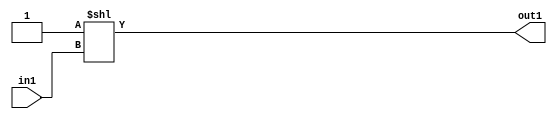
`timescale 1ps / 1ps
/*****************************************************************************
    Verilog RTL Description
    
    
    Created by: Stratus DpOpt 2019.1.01 
*******************************************************************************/

module DC_Filter_DECODE_4096U_17_4 (
	in1,
	out1
	); /* architecture "behavioural" */ 
input [11:0] in1;
output [4095:0] out1;
wire [4095:0] asc001;

assign asc001 = 4096'B0000000000000000000000000000000000000000000000000000000000000000000000000000000000000000000000000000000000000000000000000000000000000000000000000000000000000000000000000000000000000000000000000000000000000000000000000000000000000000000000000000000000000000000000000000000000000000000000000000000000000000000000000000000000000000000000000000000000000000000000000000000000000000000000000000000000000000000000000000000000000000000000000000000000000000000000000000000000000000000000000000000000000000000000000000000000000000000000000000000000000000000000000000000000000000000000000000000000000000000000000000000000000000000000000000000000000000000000000000000000000000000000000000000000000000000000000000000000000000000000000000000000000000000000000000000000000000000000000000000000000000000000000000000000000000000000000000000000000000000000000000000000000000000000000000000000000000000000000000000000000000000000000000000000000000000000000000000000000000000000000000000000000000000000000000000000000000000000000000000000000000000000000000000000000000000000000000000000000000000000000000000000000000000000000000000000000000000000000000000000000000000000000000000000000000000000000000000000000000000000000000000000000000000000000000000000000000000000000000000000000000000000000000000000000000000000000000000000000000000000000000000000000000000000000000000000000000000000000000000000000000000000000000000000000000000000000000000000000000000000000000000000000000000000000000000000000000000000000000000000000000000000000000000000000000000000000000000000000000000000000000000000000000000000000000000000000000000000000000000000000000000000000000000000000000000000000000000000000000000000000000000000000000000000000000000000000000000000000000000000000000000000000000000000000000000000000000000000000000000000000000000000000000000000000000000000000000000000000000000000000000000000000000000000000000000000000000000000000000000000000000000000000000000000000000000000000000000000000000000000000000000000000000000000000000000000000000000000000000000000000000000000000000000000000000000000000000000000000000000000000000000000000000000000000000000000000000000000000000000000000000000000000000000000000000000000000000000000000000000000000000000000000000000000000000000000000000000000000000000000000000000000000000000000000000000000000000000000000000000000000000000000000000000000000000000000000000000000000000000000000000000000000000000000000000000000000000000000000000000000000000000000000000000000000000000000000000000000000000000000000000000000000000000000000000000000000000000000000000000000000000000000000000000000000000000000000000000000000000000000000000000000000000000000000000000000000000000000000000000000000000000000000000000000000000000000000000000000000000000000000000000000000000000000000000000000000000000000000000000000000000000000000000000000000000000000000000000000000000000000000000000000000000000000000000000000000000000000000000000000000000000000000000000000000000000000000000000000000000000000000000000000000000000000000000000000000000000000000000000000000000000000000000000000000000000000000000000000000000000000000000000000000000000000000000000000000000000000000000000000000000000000000000000000000000000000000000000000000000000000000000000000000000000000000000000000000000000000000000000000000000000000000000000000000000000000000000000000000000000000000000000000000000000000000000000000000000000000000000000000000000000000000000000000000000000000000000000000000000000000000000000000000000000000000000000000000000000000000000000000000000000000000000000000000000000000000000000000000000000000000000000000000000000000000000000000000000000000000000000000000000000000000000000000000000000000000000000000000000000000000000000000000000000000000000000000000000000000000000000000000000000000000000000000000000000000000000000000000000000000000000000000000000000000000000000000000000000000000000000000000000000000000000000000000000000000000000000000000000000000000000000000000000000000000000000000000000000000000000000000000000000000000000000000000000000000000000000000000000000000000000000000000001
    << in1;

assign out1 = asc001;
endmodule

/* CADENCE  vrHwTA7a : u9/ySgnWtBlWxVPRXgAZ4Og= ** DO NOT EDIT THIS LINE ******/